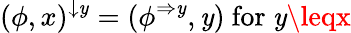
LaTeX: (\phi,x)^{\downarrow\mathit{y}}=(\phi^{\Rightarrow\mathit{y}},\mathit{y}){\mathrm{{~for~}}}\mathit{y}\leqx